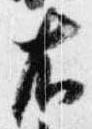
右